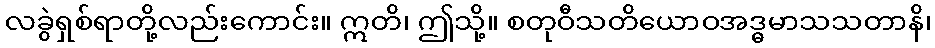
လခွဲရှစ်ရာတို့လည်းကောင်း။ ဣတိ၊ ဤသို့။ စတုဝီသတိယောဝအဒ္ဓမာသသတာနိ၊